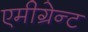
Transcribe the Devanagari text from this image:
एमीग्रेन्ट